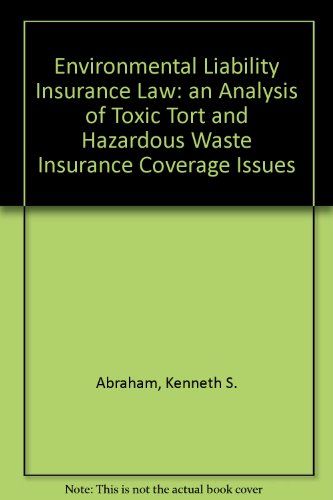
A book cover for Environmental Liability Insurance Law: An Analysis of Toxic Tort and Hazardous Waste Insurance Coverage Issues; Kenneth S. Abraham; Business & Money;